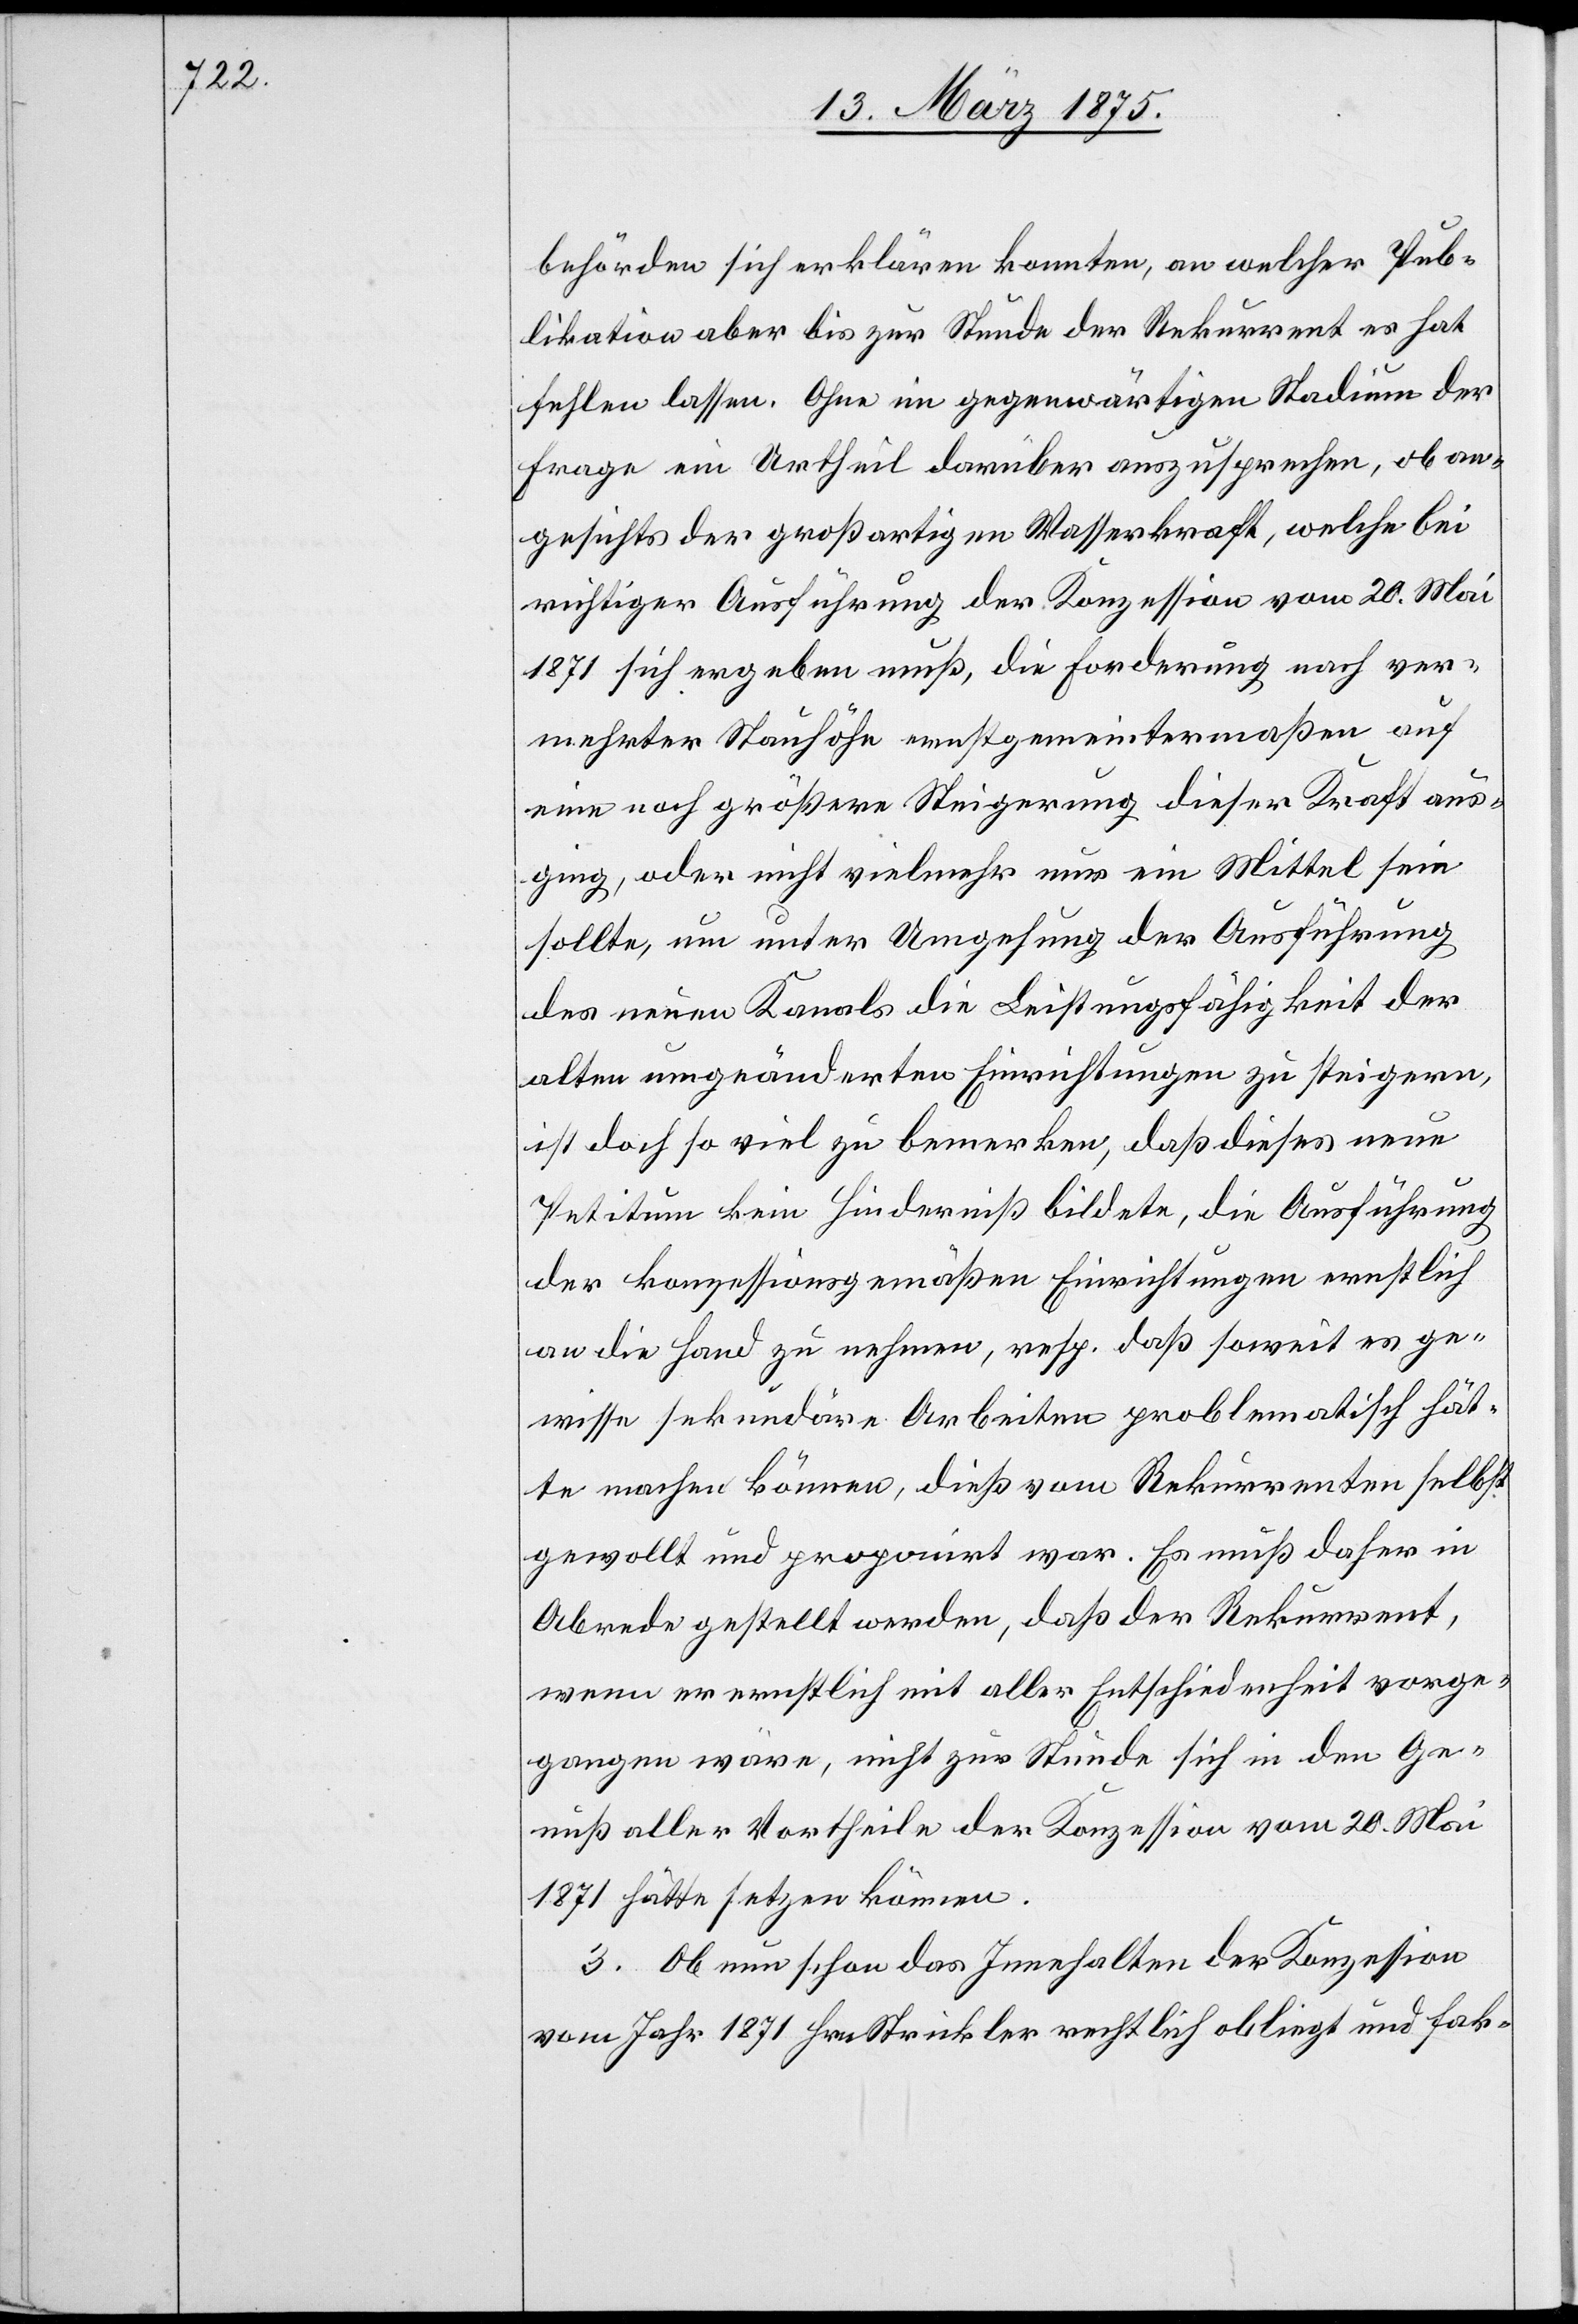
behörden sich erklären konnten, an welcher Pub¬
likation aber bis zur Stunde der Rekurrent es hat
fehlen lassen. Ohne im gegenwärtigen Stadium der
Frage ein Antheil darüber auszusprechen, ob an¬
gesichts der großartigen Wasserkraft, welche bei
richtiger Ausführung der Konzession vom 20. Mai
1871 sich ergeben muß, die Forderung nach ver¬
mehrter Stauhöhe ernstgemeintermaßen auf
eine noch größere Steigerung dieser Kraft aus¬
ging, oder nicht viel mehr nur ein Mittel sein
sollte, um unter Umgehung der Ausführung
des neuen Kanals die Leistungsfähigkeit der
alten umgeänderten Einrichtungen zu steigern,
ist doch soviel zu bemerken, daß dieses neue
Petitum kein Hinderniß bildete, die Ausführung
der konzessionsgemäßen Einrichtungen ernstlich
an die Hand zu nehmen, resp. daß soweit es ge¬
wisse sekundäre Arbeiten problematisch hät¬
te machen können, dieß vom Rekurrenten selbst
gewollt und proponirt war. Es muß daher in
Abrede gestellt werden, daß der Rekurrent,
wenn er ernstlich mit aller Entschiedenheit vorge¬
gangen wäre, nicht zur Stunde in den Ge¬
nuß aller Vortheile der Konzession vom 20. Mai
1871 hätte setzen können.
3. Ob nun schon das Innehalten der Konzession
vom Jahr 1871 Hrn. Strickler rechtlich obliegt und fak-